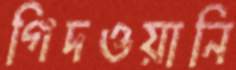
গিদওয়ানি